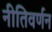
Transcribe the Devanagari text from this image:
नीतिवर्णन